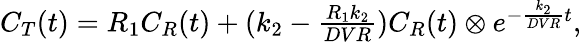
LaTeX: \begin{array}{r}{C_{T}(t)=R_{1}C_{R}(t)+(k_{2}-\frac{R_{1}k_{2}}{DVR})C_{R}(t)\otimes e^{-\frac{k_{2}}{DVR}t},}\end{array}